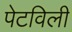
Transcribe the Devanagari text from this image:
पेटविली